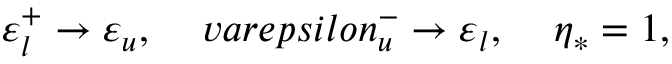
\varepsilon _ { l } ^ { + } \rightarrow \varepsilon _ { u } , \ \ \ \, v a r e p s i l o n _ { u } ^ { - } \rightarrow \varepsilon _ { l } , \ \ \ \, \eta _ { * } = 1 ,